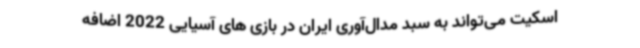
اسکیت می‌تواند به سبد مدال‌آوری ایران در بازی های آسیایی 2022 اضافه